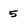
Character: 5